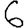
Digit: 6